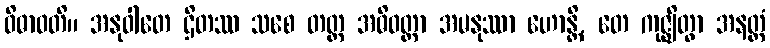
ဝိဓာဝတိ။ အနုဝါတေ ဌိတဿ သစေ တတ္ထ အဓိဝတ္ထာ အမနုဿာ ဟောန္တိ, တေ ကုဇ္ဈိတွာ အနတ္ထံ